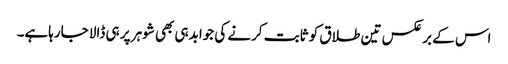
اس کے برعکس تین طلاق کو ثابت کرنے کی جوابدہی بھی شوہر پر ہی ڈالا جارہاہے۔